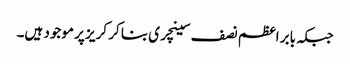
جبکہ بابر اعظم نصف سینچری بنا کر کریز پر موجود ہیں۔